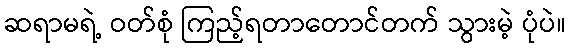
ဆရာမရဲ့ ဝတ်စုံ ကြည့်ရတာတောင်တက် သွားမဲ့ ပုံပဲ။